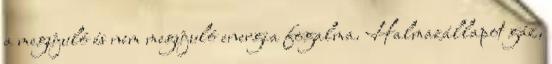
a megújuló és nem megújuló energia fogalma. Halmazállapot gáz,